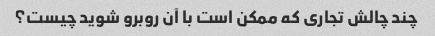
چند چالش تجاری که ممکن است با آن روبرو شوید چیست؟